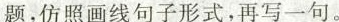
题，仿照画线句子形式，再写一句。